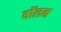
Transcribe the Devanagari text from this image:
वॉलन